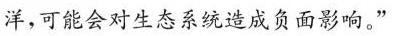
洋，可能会对生态系统造成负面影响。”